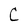
Character: C